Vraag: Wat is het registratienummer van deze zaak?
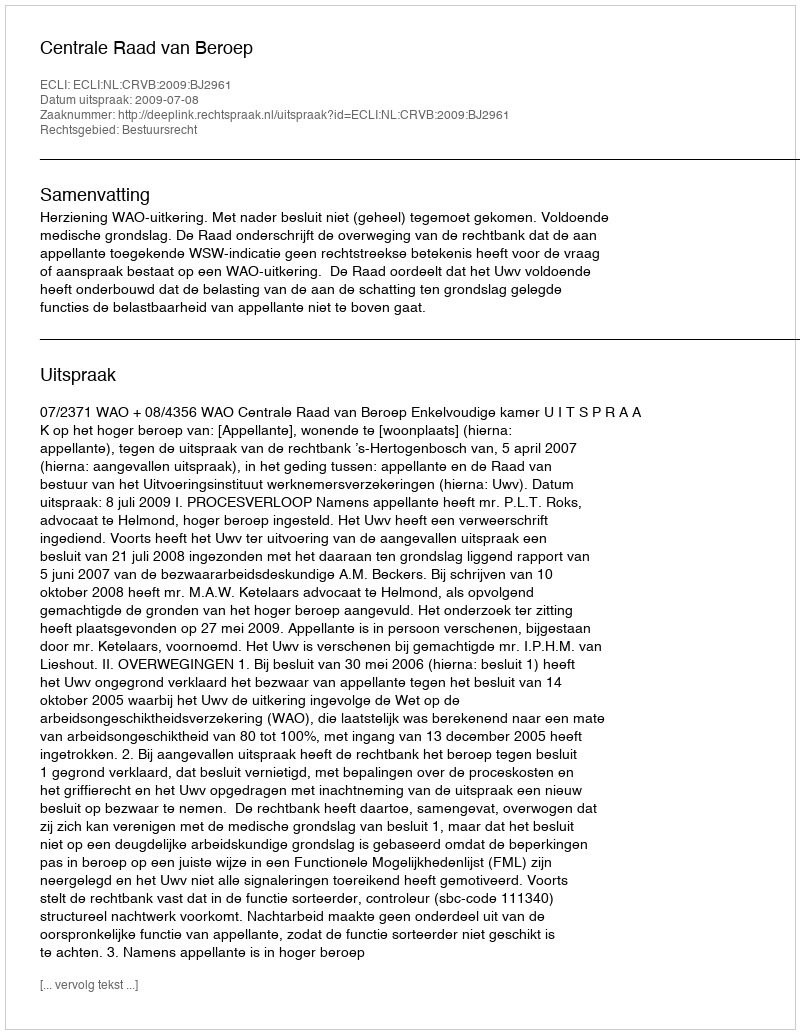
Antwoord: http://deeplink.rechtspraak.nl/uitspraak?id=ECLI:NL:CRVB:2009:BJ2961